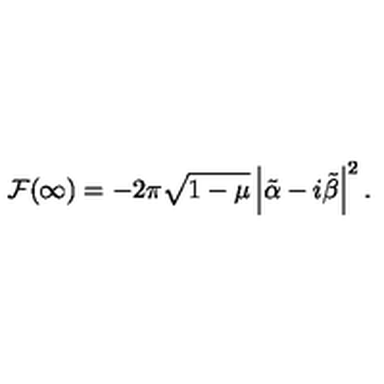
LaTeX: { \cal F } ( \infty ) = - 2 \pi \sqrt { 1 - \mu } \left\vert \tilde { \alpha } - i \tilde { \beta } \right\vert ^ { 2 } .